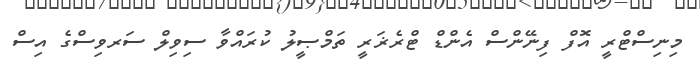
މިނިސްޓްރީ އޮފް ފިނޭންސް އެންޑް ޓްރެޜަރީ ތަމްޞީލު ކުރައްވާ ސިވިލް ސަރވިސްގެ އިސް